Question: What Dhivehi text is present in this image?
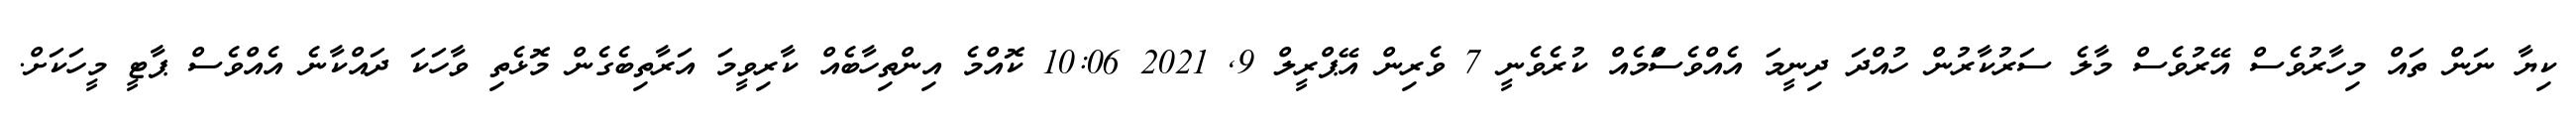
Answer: ކިޔާ ނަން ތައް މިހާރުވެސް އޭރުވެސް މާލެ ސަރުކާރުން ހުއްދަ ދިނީމަ އެއްވެސްަމެއް ކުރެވެނީ 7 ވެރިން އޭޕްރީލް 9, 2021 10:06 ކޮއްމެ އިންތިހާބެއް ކާރިވީމަ އަރާތިބެގެން މޮޅެތި ވާހަކަ ދައްކާނެ އެއްވެސް ޕާޓީ މީހަކަށް.